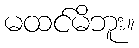
မထင်မိဘူး။